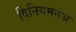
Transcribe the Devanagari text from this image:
विनियमनअ